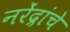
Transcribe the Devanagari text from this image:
नरेंद्रांचे